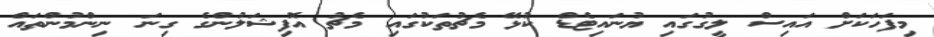
މިފަހަކަށް އައިސް ލީގުގައި ޔުނައިޓެޑް ކުޅޭ މެޗުތަކުގައި މެޗު އޮފިޝަލުންގެ ގިނަ ނިންމުންތައް